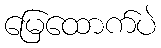
မြေထောက်ပဲ